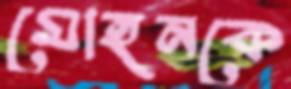
মোহনকে